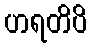
ဟရတိပိ